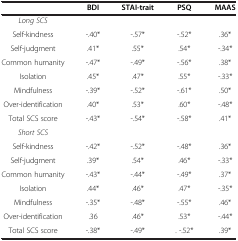
<table><thead><tr><td><b> </b></td><td><b>BDI</b></td><td><b>STAI-trait</b></td><td><b>PSQ</b></td><td><b>MAAS</b></td></tr></thead><tbody><tr><td><i>Long SCS</i></td><td> </td><td> </td><td> </td><td> </td></tr><tr><td>Self-kindness</td><td>-.40*</td><td>-.57*</td><td>-.52*</td><td>.36*</td></tr><tr><td>Self-judgment</td><td>.41*</td><td>.55*</td><td>.54*</td><td>-.34*</td></tr><tr><td>Common humanity</td><td>-.47*</td><td>-.49*</td><td>-.56*</td><td>.38*</td></tr><tr><td>Isolation</td><td>.45*</td><td>.47*</td><td>.55*</td><td>-.33*</td></tr><tr><td>Mindfulness</td><td>-.39*</td><td>-.52*</td><td>-.61*</td><td>.50*</td></tr><tr><td>Over-identification</td><td>.40*</td><td>.53*</td><td>.60*</td><td>-.48*</td></tr><tr><td>Total SCS score</td><td>-.43*</td><td>-.54*</td><td>-.58*</td><td>.41*</td></tr><tr><td><i>Short SCS</i></td><td> </td><td> </td><td> </td><td> </td></tr><tr><td>Self-kindness</td><td>-.42*</td><td>-.52*</td><td>-.48*</td><td>.36*</td></tr><tr><td>Self-judgment</td><td>.39*</td><td>.54*</td><td>.46*</td><td>-.33*</td></tr><tr><td>Common humanity</td><td>-.43*</td><td>-.44*</td><td>-.49*</td><td>.37*</td></tr><tr><td>Isolation</td><td>.44*</td><td>.46*</td><td>.47*</td><td>-.35*</td></tr><tr><td>Mindfulness</td><td>-.35*</td><td>-.48*</td><td>-.55*</td><td>.46*</td></tr><tr><td>Over-identification</td><td>.36</td><td>.46*</td><td>.53*</td><td>-.44*</td></tr><tr><td>Total SCS score</td><td>-.38*</td><td>-.49*</td><td>. -.52*</td><td>.39*</td></tr></tbody></table>